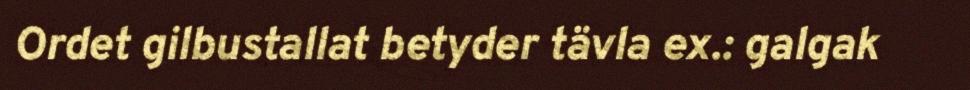
Ordet gilbustallat betyder tävla ex.: galgak